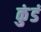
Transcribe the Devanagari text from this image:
कुंडं